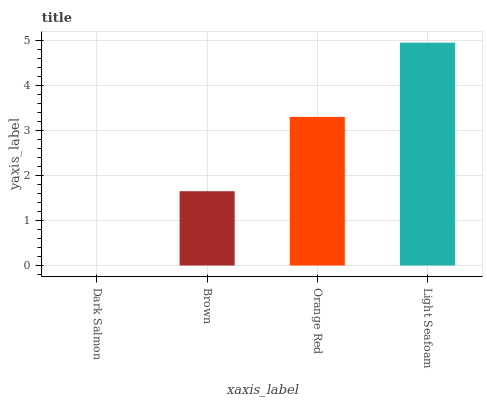
| xaxis_label | bars |
 | --- | --- |
 | Dark Salmon | 0 |
 | Brown | 1.65 |
 | Orange Red | 3.3 |
 | Light Seafoam | 4.95 |